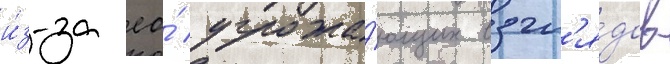
и́з-за ео́ угрожа́ющих взгл'я́дов